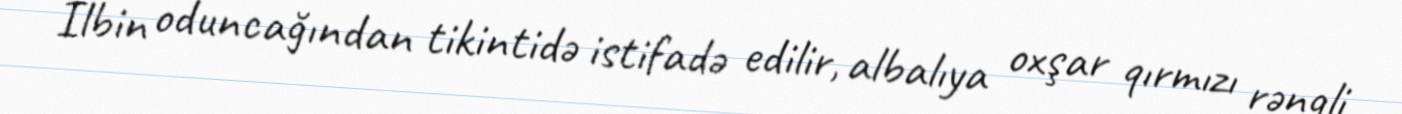
İlbin oduncağından tikintidə istifadə edilir, albalıya oxşar qırmızı rəngli